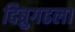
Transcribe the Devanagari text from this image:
दिब्रुगढला